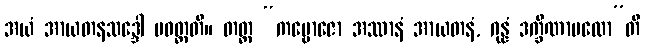
အယံ အာယတနသဒ္ဒေါ ပဝတ္တတိ။ တတ္ထ “ကမ္ဗောဇော အဿာနံ အာယတနံ, ဂုန္နံ ဒက္ခိဏာပထော”တိ